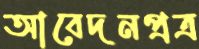
আবেদনপ্রত্র